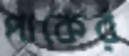
পাকের্র